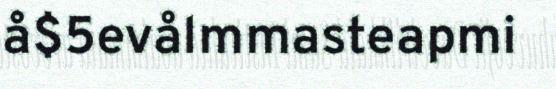
å$5evålmmasteapmi